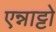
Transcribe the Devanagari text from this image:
एन्नाट्टो